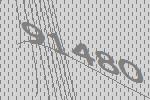
91480